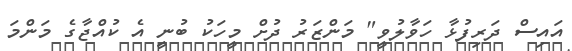
އައިސް ދަރިފުޅާ ހަވާލުވީ" މަންޒަރު ދުށް މީހަކު ބުނީ އެ ކުއްޖާގެ މަންމަ